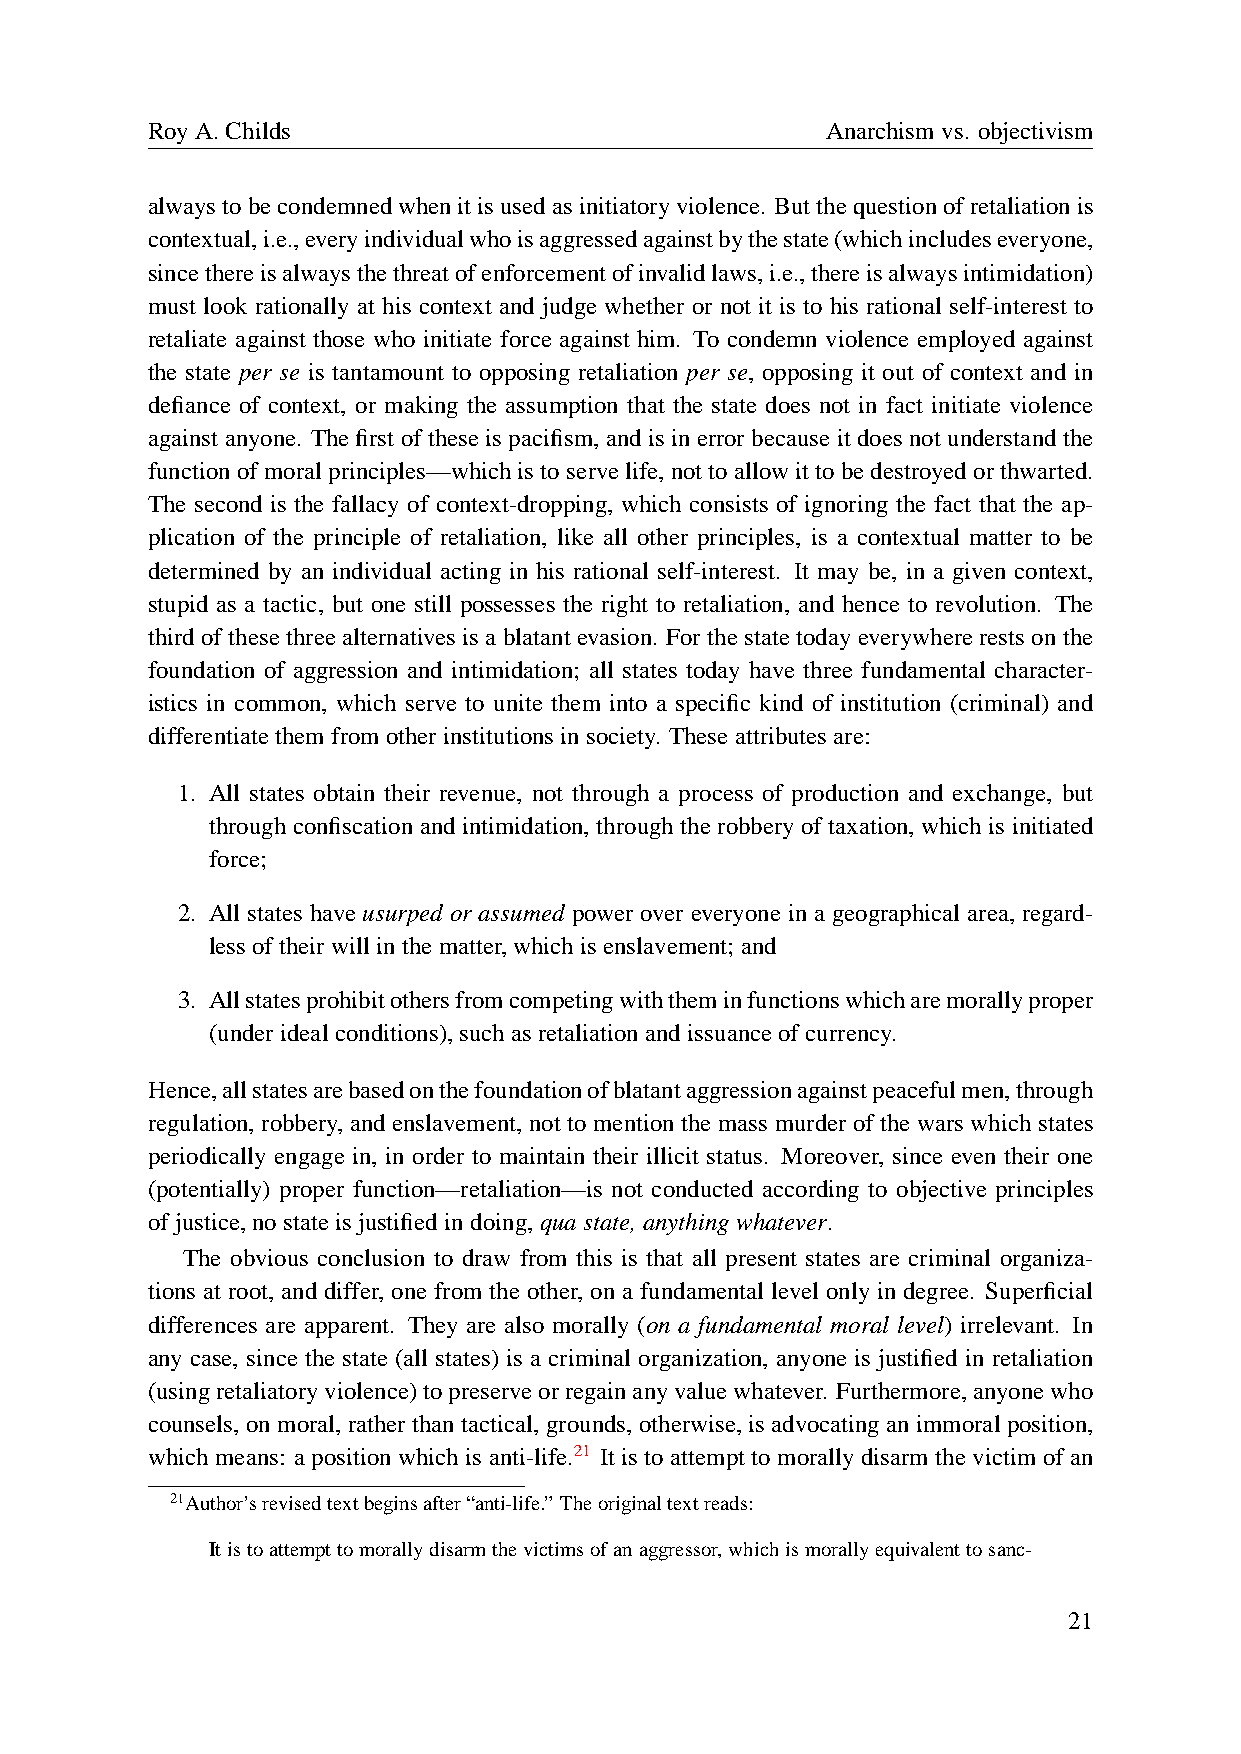
RoyA.Childs                                  Anarchismvs. objectivism
 alwaystobecondemnedwhenitisusedasinitiatoryviolence. Butthequestionofretaliationis
 contextual,i.e.,everyindividualwhoisaggressedagainstbythestate(whichincludeseveryone,
 sincethereisalwaysthethreatofenforcementofinvalidlaws,i.e.,thereisalwaysintimidation)
 must look rationally at his context and judge whether or not it is to his rational self-interest to
 retaliate against those who initiate force against him. To condemn violence employed against
 the state per se is tantamount to opposing retaliation per se, opposing it out of context and in
 defiance of context, or making the assumption that the state does not in fact initiate violence
 against anyone. The first of these is pacifism, and is in error because it does not understand the
 functionofmoralprinciples—whichistoservelife,nottoallowittobedestroyedorthwarted.
 The second is the fallacy of context-dropping, which consists of ignoring the fact that the ap-
 plication of the principle of retaliation, like all other principles, is a contextual matter to be
 determined by an individual acting in his rational self-interest. It may be, in a given context,
 stupid as a tactic, but one still possesses the right to retaliation, and hence to revolution. The
 third of these three alternatives is a blatant evasion. For the state today everywhere rests on the
 foundation of aggression and intimidation; all states today have three fundamental character-
 istics in common, which serve to unite them into a specific kind of institution (criminal) and
 differentiatethemfromotherinstitutionsinsociety. Theseattributesare:
 1. All states obtain their revenue, not through a process of production and exchange, but
 through confiscation and intimidation, through the robbery of taxation, which is initiated
 force;
 2. All states have usurped or assumed power over everyone in a geographical area, regard-
 lessoftheirwillinthematter,whichisenslavement;and
 3. Allstatesprohibitothersfromcompetingwiththeminfunctionswhicharemorallyproper
 (underidealconditions),suchasretaliationandissuanceofcurrency.
 Hence,allstatesarebasedonthefoundationofblatantaggressionagainstpeacefulmen,through
 regulation, robbery, and enslavement, not to mention the mass murder of the wars which states
 periodically engage in, in order to maintain their illicit status. Moreover, since even their one
 (potentially) proper function—retaliation—is not conducted according to objective principles
 ofjustice,nostateisjustifiedindoing,quastate,anythingwhatever.
 The obvious conclusion to draw from this is that all present states are criminal organiza-
 tions at root, and differ, one from the other, on a fundamental level only in degree. Superficial
 differences are apparent. They are also morally (on a fundamental moral level) irrelevant. In
 any case, since the state (all states) is a criminal organization, anyone is justified in retaliation
 (usingretaliatoryviolence)topreserveorregainanyvaluewhatever. Furthermore,anyonewho
 counsels, on moral, rather than tactical, grounds, otherwise, is advocating an immoral position,
 which means: a position which is anti-life.21 It is to attempt to morally disarm the victim of an
 21Author’srevisedtextbeginsafter“anti-life.” Theoriginaltextreads:
 Itistoattempttomorallydisarmthevictimsofanaggressor,whichismorallyequivalenttosanc-
 21